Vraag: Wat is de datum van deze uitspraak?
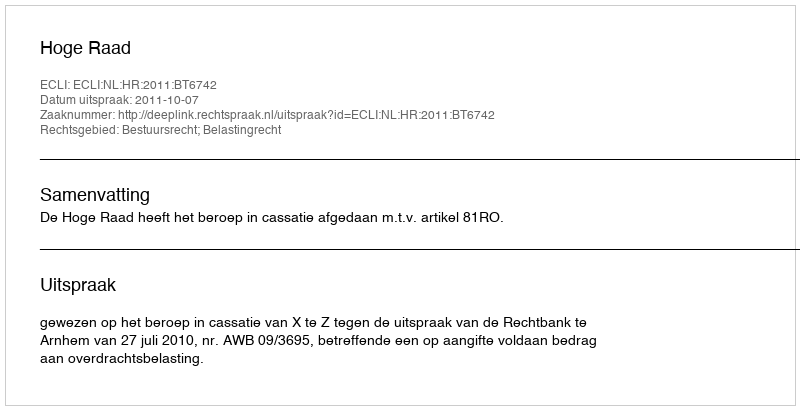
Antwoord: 2011-10-07